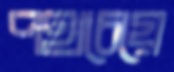
পথচেয়ে